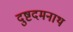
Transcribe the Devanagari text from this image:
दुष्टदमनाथ